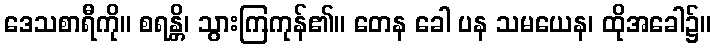
ဒေသစာရီကို။ စရန္တိ၊ သွားကြကုန်၏။ တေန ခေါ ပန သမယေန၊ ထိုအခေါ၌။